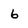
Character: 6